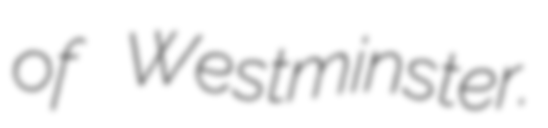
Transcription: of Westminster.